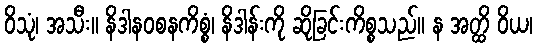
ဝိသုံ၊ အသီး။ နိဒါနဝစနကိစ္စံ၊ နိဒါန်းကို ဆိုခြင်းကိစ္စသည်။ န အတ္ထိ ဝိယ၊